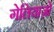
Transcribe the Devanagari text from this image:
गेलियाज़ो